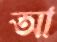
আ